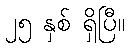
၂၅ နှစ် ရှိပြီ။